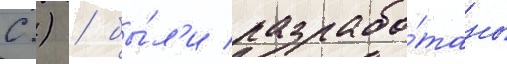
С.) / бы́л'и разрабо́таны